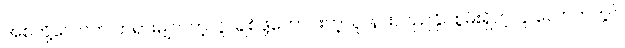
အစ်ကို့လောက် တရားမျှတတဲ့လူ၊ ချစ်ဖို့ကောင်းတဲ့သူ၊ နားလည်နိုင်စွမ်းရှိတဲ့လူ လောကတွင်